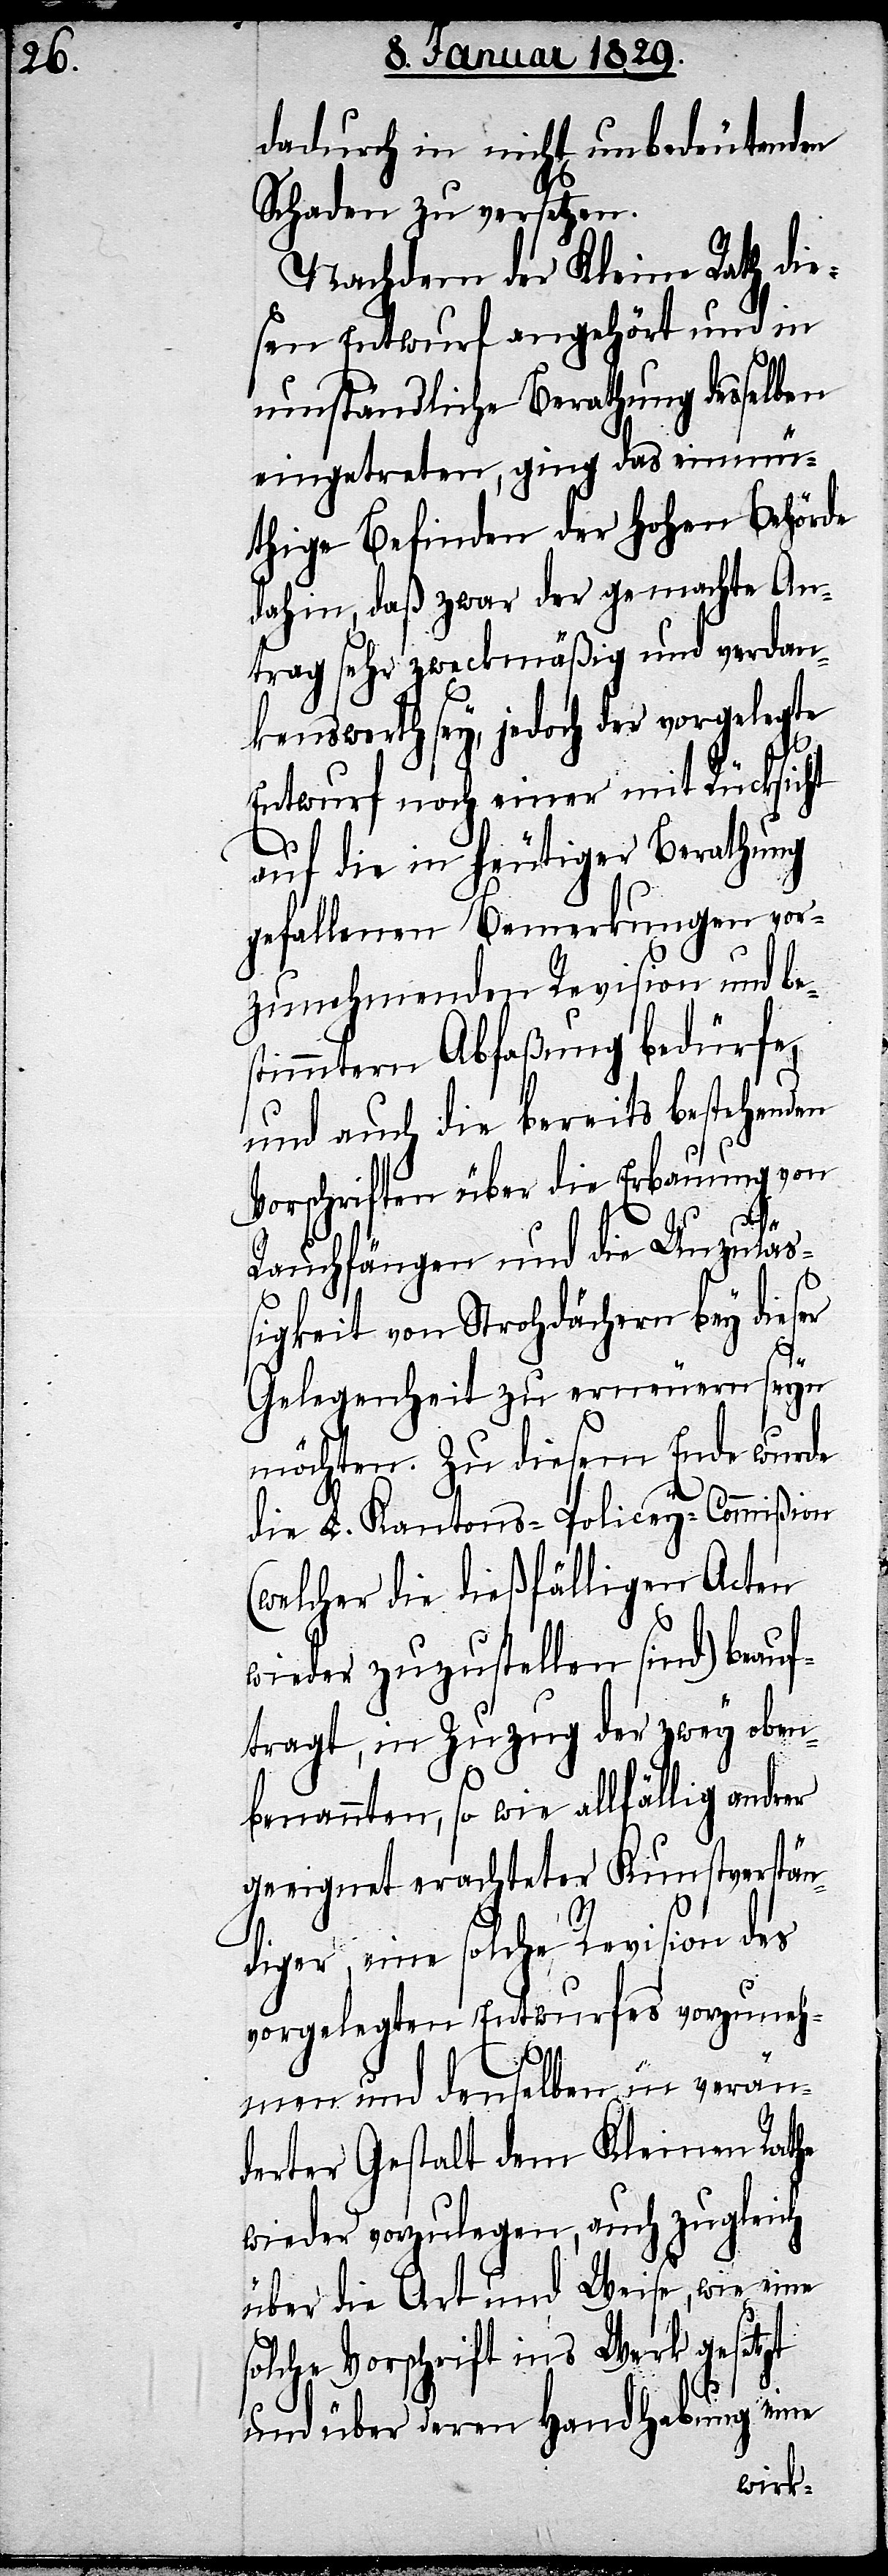
dadurch in nicht unbedeutenden
Schaden zu versetzen.
Nachdem der Kleine Rath die¬
sen Entwurf angehört und in
umständliche Berathung desselben
eingetreten, ging das einmü¬
thige Befinden der Hohen Behörde
dahin, daß zwar der gemachte An¬
trag sehr zweckmäßig und verdan¬
kenswerth sey, jedoch der vorgelegte
Entwurf noch einer mit Rücksicht
auf die in heutiger Berathung
gefallenen Bemerkung vor¬
zunehmenden Revision und be¬
stimmtern Abfaßung bedürfe,
und auch die bereits bestehenden
Vorschriften über die Erbauung von
Rauchfängen und die Unzulä¬
ßigkeit von Strohdächern bey dieser
Gelegenheit zu erneuern seyn
möchten. Zu diesem Ende wurde
die L. Kantons-Policey-Commißion
(welcher die dießfälligen Acten
wieder zuzustellen sind) beauf¬
tragt, in Zuzug der zwey oben¬
benannten, so wie allfällig andrer
geeignet erachteter Kunstverstän¬
diger, eine solche Revision des
vorgelegten Entwurfes vorzuneh¬
men und denselben in verän¬
derter Gestalt dem Kleinen Rathe
wieder vorzulegen, auch zugleich
über die Art und Weise, wie eine
solche Vorschrift ins Werk gesetzt
und über deren Handhabung eine